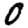
Digit: 0